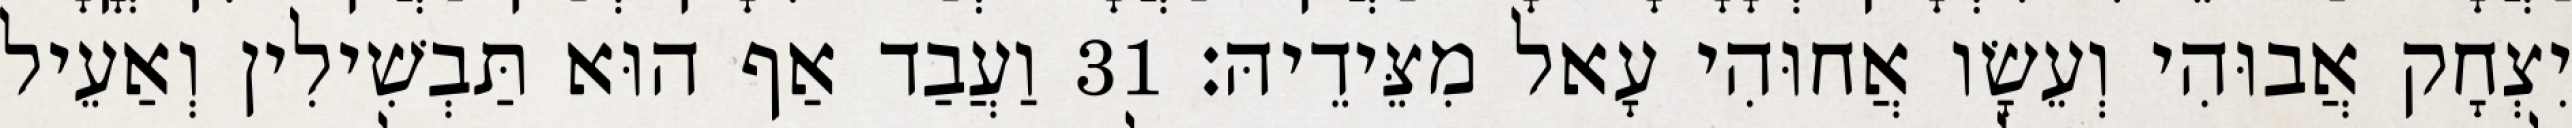
יִצְחָק אֲבוּהִי וְעֵשָׂו אֲחוּהִי עָאל מִצֵּידֵיהּ׃ 31 וַעֲבַד אַף הוּא תַּבְשִׁילִין וְאַעֵיל